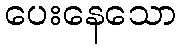
ပေးနေသော